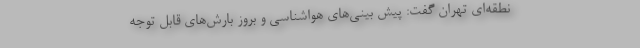
نطقه‌ای تهران گفت: پیش بینی‌های هواشناسی و بروز بارش‌های قابل توجه